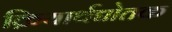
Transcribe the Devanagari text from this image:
क्रियार्थद्योतक